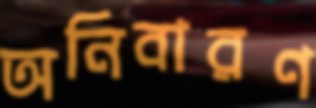
অনিবারণ